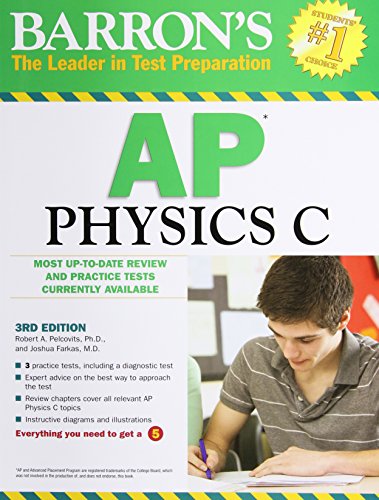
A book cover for Barron's AP Physics C, 3rd Edition; Robert A. Pelcovits Ph.D.; Test Preparation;